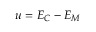
u = E _ { C } - E _ { M }